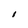
Character: I